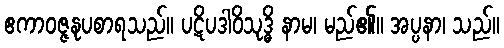
ဧကာဝဇ္ဇနုပစာရသည်။ ပဋိပဒါဝိသုဒ္ဓိ နာမ၊ မည်၏။ အပ္ပနာ၊ သည်။